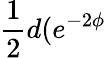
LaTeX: \frac 12d(e^{-2\phi}